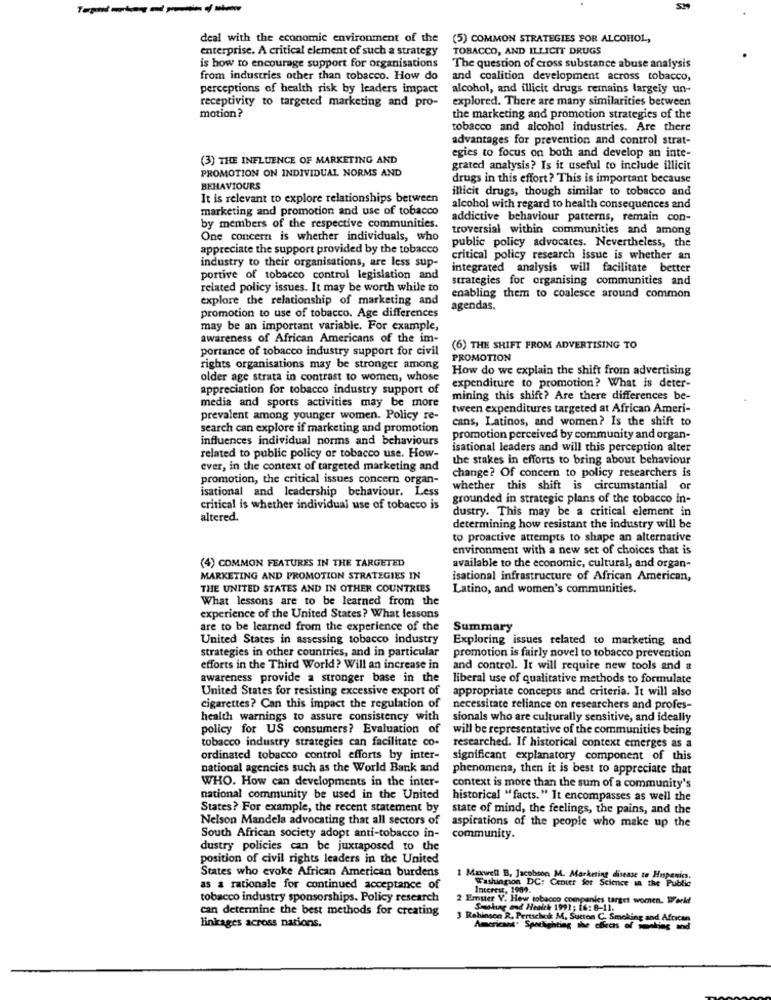
SH
deal with the economic environment of the
(5) COMMON STRATEGIES FOR ALCOHOL,
enterprise. A critical element of such a strategy
TOBACCO, AND ILLICIT DRUGS
is how to encourage support for organisations
The question of cross substance abuse analysis
from industries other than tobacco. How do
and coalition development across tobacco,
perceptions of health risk by leaders impact
alcohol, and illicit drugs remains largely un-
receptivity to targeted marketing and pro-
explored. There are many similarities between
motion?
the marketing and promotion strategies of the
tobacco and alcohol industries. Are there
advantages for prevention and control strat-
egies to focus on both and develop an inte-
(3) THE INFLUENCE OF MARKETING AND
PROMOTION ON INDIVIDUAL NORMS AND
grated analysis? Is it useful to include illicit
drugs in this effort? This is important because
BEHAVIOURS
illicit drugs, though similar to tobacco and
It is relevant to explore relationships between
marketing and promotion and use of tobacco
alcohol with regard to health consequences and
addictive behaviour patterns, remain con-
by members of the respective communities.
troversial within communities and among
One concern is whether individuals, who
public policy advocates. Nevertheless, the
appreciate the support provided by the tobacco
industry to their organisations, are less sup-
critical policy research issue is whether an
integrated analysis will facilitate better
portive of tobacco control legislation and
strategies for organising communities and
related policy issues. It may be worth while to
explore the relationship of marketing and
enabling them to coalesce around common
promotion to use of tobacco. Age differences
agendas.
may be an important variable. For example,
awareness of African Americans of the im-
portance of tobacco industry support for civil
(6) THE SHIFT FROM ADVERTISING TO
PROMOTION
rights organisations may be stronger among
How do we explain the shift from advertising
older age strata in contrast to women, whose
expenditure to promotion? What is deter-
appreciation for tobacco industry support of
media and sports activities may be more
mining this shift? Are there differences be-
tween expenditures targeted at African Ameri-
prevalent among younger women. Policy re-
cans, Latinos, and women? Is the shift to
search can explore if marketing and promotion
influences individual norms and behaviours
promotion perceived by community and organ-
isational leaders and will this perception alter
related to public policy of tobacco use. How-
the stakes in efforts to bring about behaviour
ever, in the context of targeted marketing and
promotion, the critical issues concern organ-
change? Of concern to policy researchers is
isational and leadership behaviour. Less
whether this shift is circumstantial or
grounded in strategic plans of the tobacco in-
critical is whether individual use of tobacco is
dustry. This may be a critical element in
altered.
determining how resistant the industry will be
to proactive attempts to shape an alternative
environment with a new set of choices that is
(4) COMMON FEATURES IN THE TARGETED
available to the economic, cultural, and organ-
MARKETING AND PROMOTION STRATEGIES IN
isational infrastructure of African American,
THE UNITED STATES AND IN OTHER COUNTRIES
Latino, and women's communities.
What lessons are to be learned from the
experience of the United States? What lessons
are to be learned from the experience of the
Summary
United States in assessing tobacco industry
Exploring issues related to marketing and
strategies in other countries, and in particular
promotion is fairly novel to tobacco prevention
efforts in the Third World? Will an increase in
and control. It will require new tools and a
awareness provide a stronger base in the
liberal use of qualitative methods to formulate
United States for resisting excessive export of
appropriate concepts and criteria. It will also
cigarettes? Can this impact the regulation of
necessitate reliance on researchers and profes-
health warnings to assure consistency with
sionals who are culturally sensitive, and ideally
policy for US consumers? Evaluation of
will be representative of the communities being
tobacco industry strategies can facilitate co-
researched. If historical context emerges as a
ordinated tobacco control efforts by inter-
significant explanatory component of this
national agencies such as the World Bank and
phenomena, then it is best to appreciate that
WHO. How can developments in the inter-
context is more than the sum of a community's
national community be used in the United
historical "facts. " It encompasses as well the
States? For example, the recent statement by
state of mind, the feelings, the pains, and the
Nelson Mandela advocating that all sectors of
aspirations of the people who make up the
South African society adopt anti-tobacco in-
community.
dustry policies can be juxtaposed to the
position of civil rights leaders in the United
States who evoke African American burdens
1 Maxwell B, Jacobson M. Marketing disease to Hupenic.
Washington DC: Center for Science in the Public
as a rationale for continued acceptance of
Interest, 1989.
tobacco industry sponsorships. Policy research
2 Emster V. Heu tobacco companies target women. Werk
can determine the best methods for creating
Smoking and Health 1991 ; [6: 8-11.
3 Rehinsen R. Pertschok M. Sutton C. Smoking and African
linkages across nations.
Americans. Spotlighting the effects of sanking and